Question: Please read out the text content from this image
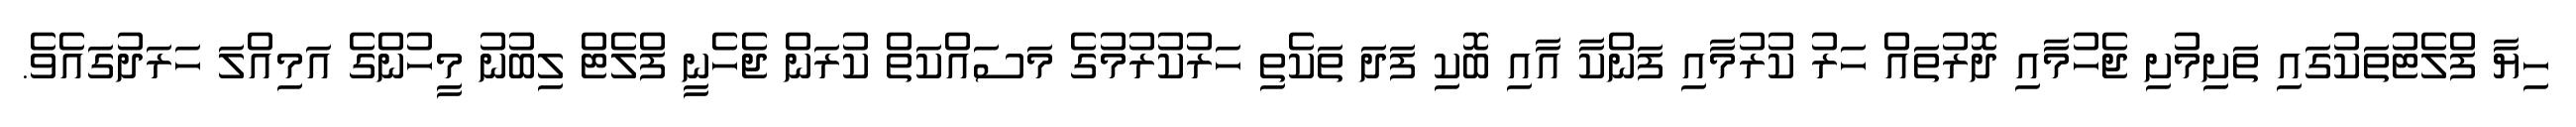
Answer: ހިޔާ ފްލެޓުތަކުގައި ތަށިމުށި ޖެހުމާއި ދޮރުތައް ހަރު ކުރުމާއި ފަންކާ އާއި ބޮކި ފަދަ ތަކެތި ހަރުކުރުމުގެ މަސައްކަތް ކުރަން ޖެހެނީ ފްލެޓް ލިބުނު މީހުންގެ އަމިއްލަ ހަރަދުގައެވެ.